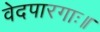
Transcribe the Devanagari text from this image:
वेदपारगाः॥